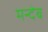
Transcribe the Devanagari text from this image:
मन्देब